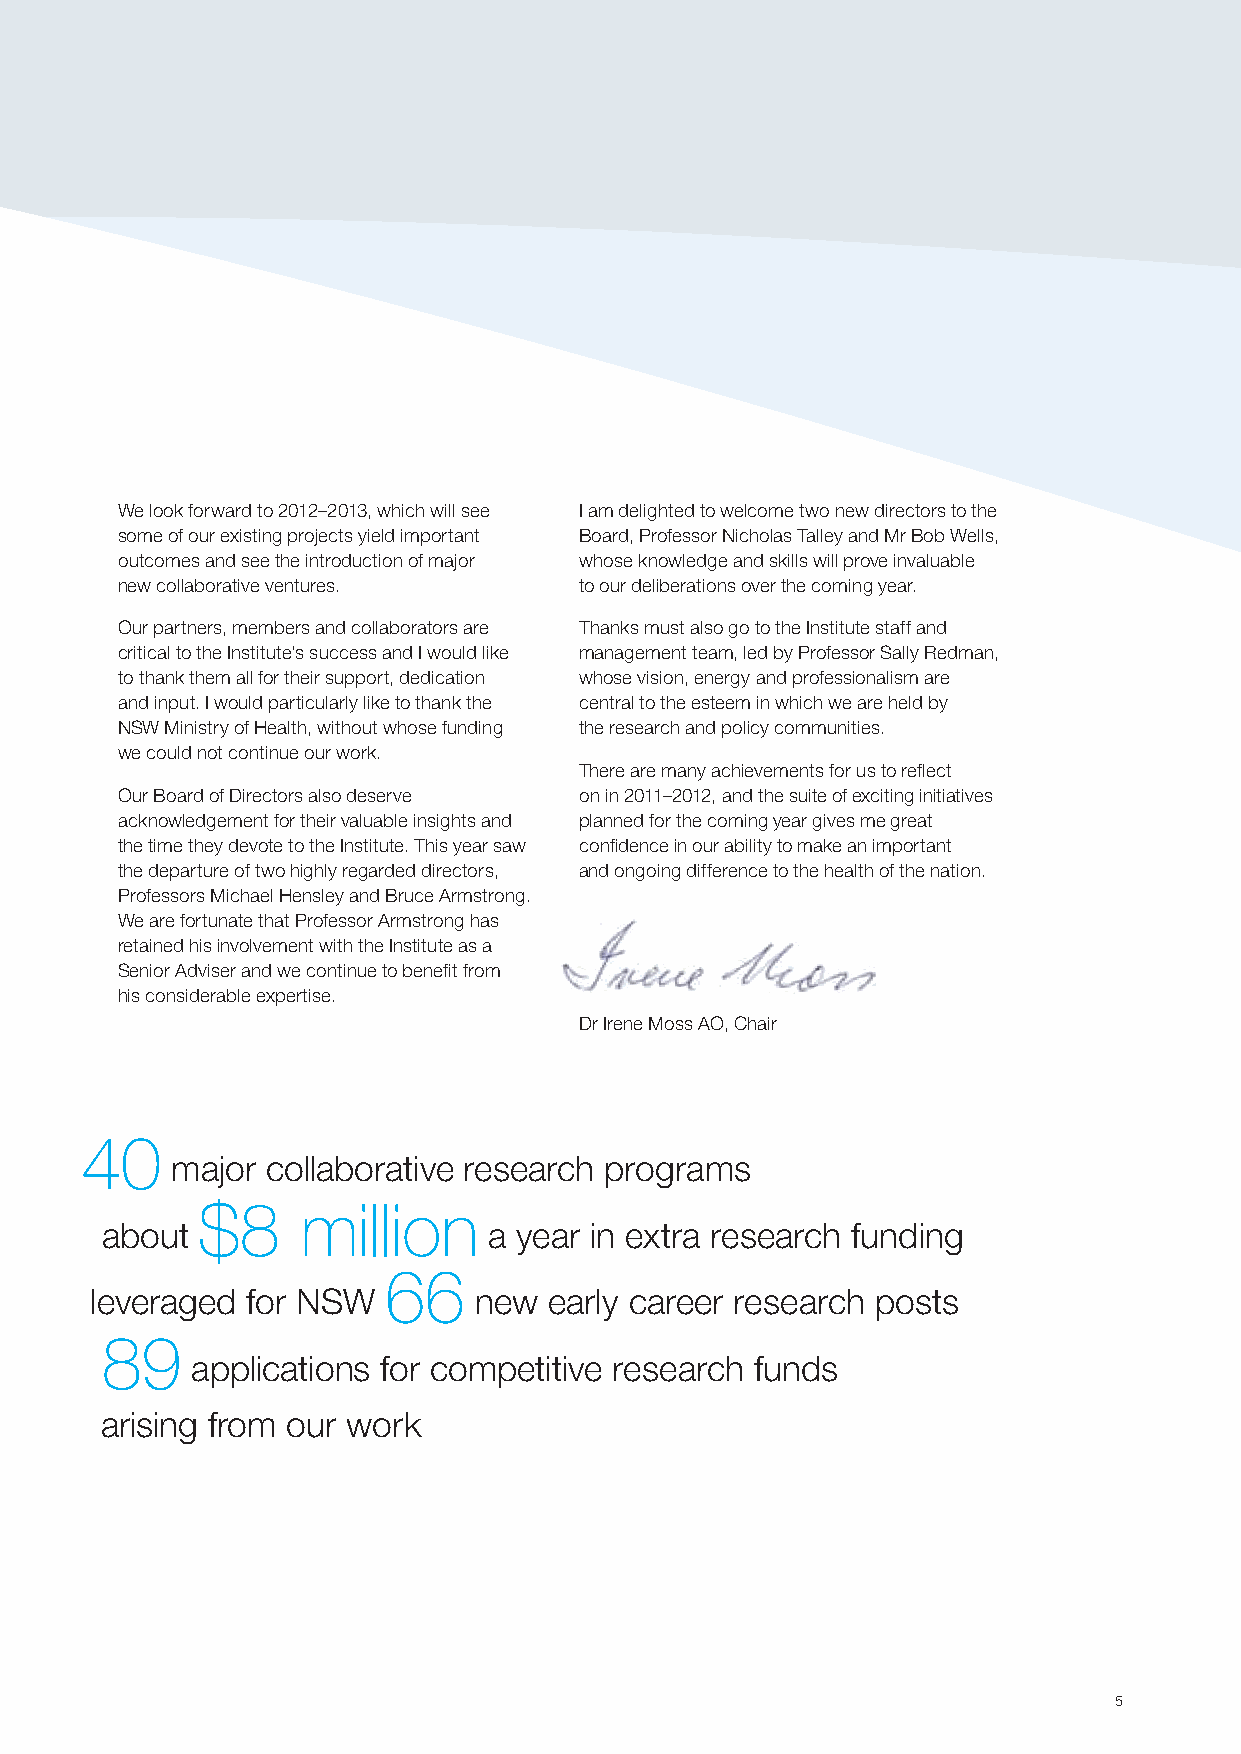
We look forward to 2012–2013, which will see I am delighted to welcome two new directors to the
 some of our existing projects yield important Board, Professor Nicholas Talley and Mr Bob Wells,
 outcomes and see the introduction of major whose knowledge and skills will prove invaluable
 new collaborative ventures.   to our deliberations over the coming year.
 Our partners, members and collaborators are Thanks must also go to the Institute staff and
 critical to the Institute’s success and I would like management team, led by Professor Sally Redman,
 to thank them all for their support, dedication whose vision, energy and professionalism are
 and input. I would particularly like to thank the central to the esteem in which we are held by
 NSW Ministry of Health, without whose funding the research and policy communities.
 we could not continue our work.
 There are many achievements for us to reflect
 Our Board of Directors also deserve on in 2011–2012, and the suite of exciting initiatives
 acknowledgement for their valuable insights and planned for the coming year gives me great
 the time they devote to the Institute. This year saw confidence in our ability to make an important
 the departure of two highly regarded directors, and ongoing difference to the health of the nation.
 Professors Michael Hensley and Bruce Armstrong.
 We are fortunate that Professor Armstrong has
 retained his involvement with the Institute as a
 Senior Adviser and we continue to benefit from
 his considerable expertise.
 Dr Irene Moss AO, Chair
 40
 major  collaborative research programs
 $8     million
 about                    a year in extra research funding
 66
 leveraged for NSW        new  early career research posts
 89
 applications for competitive research funds
 arising from our work
 5